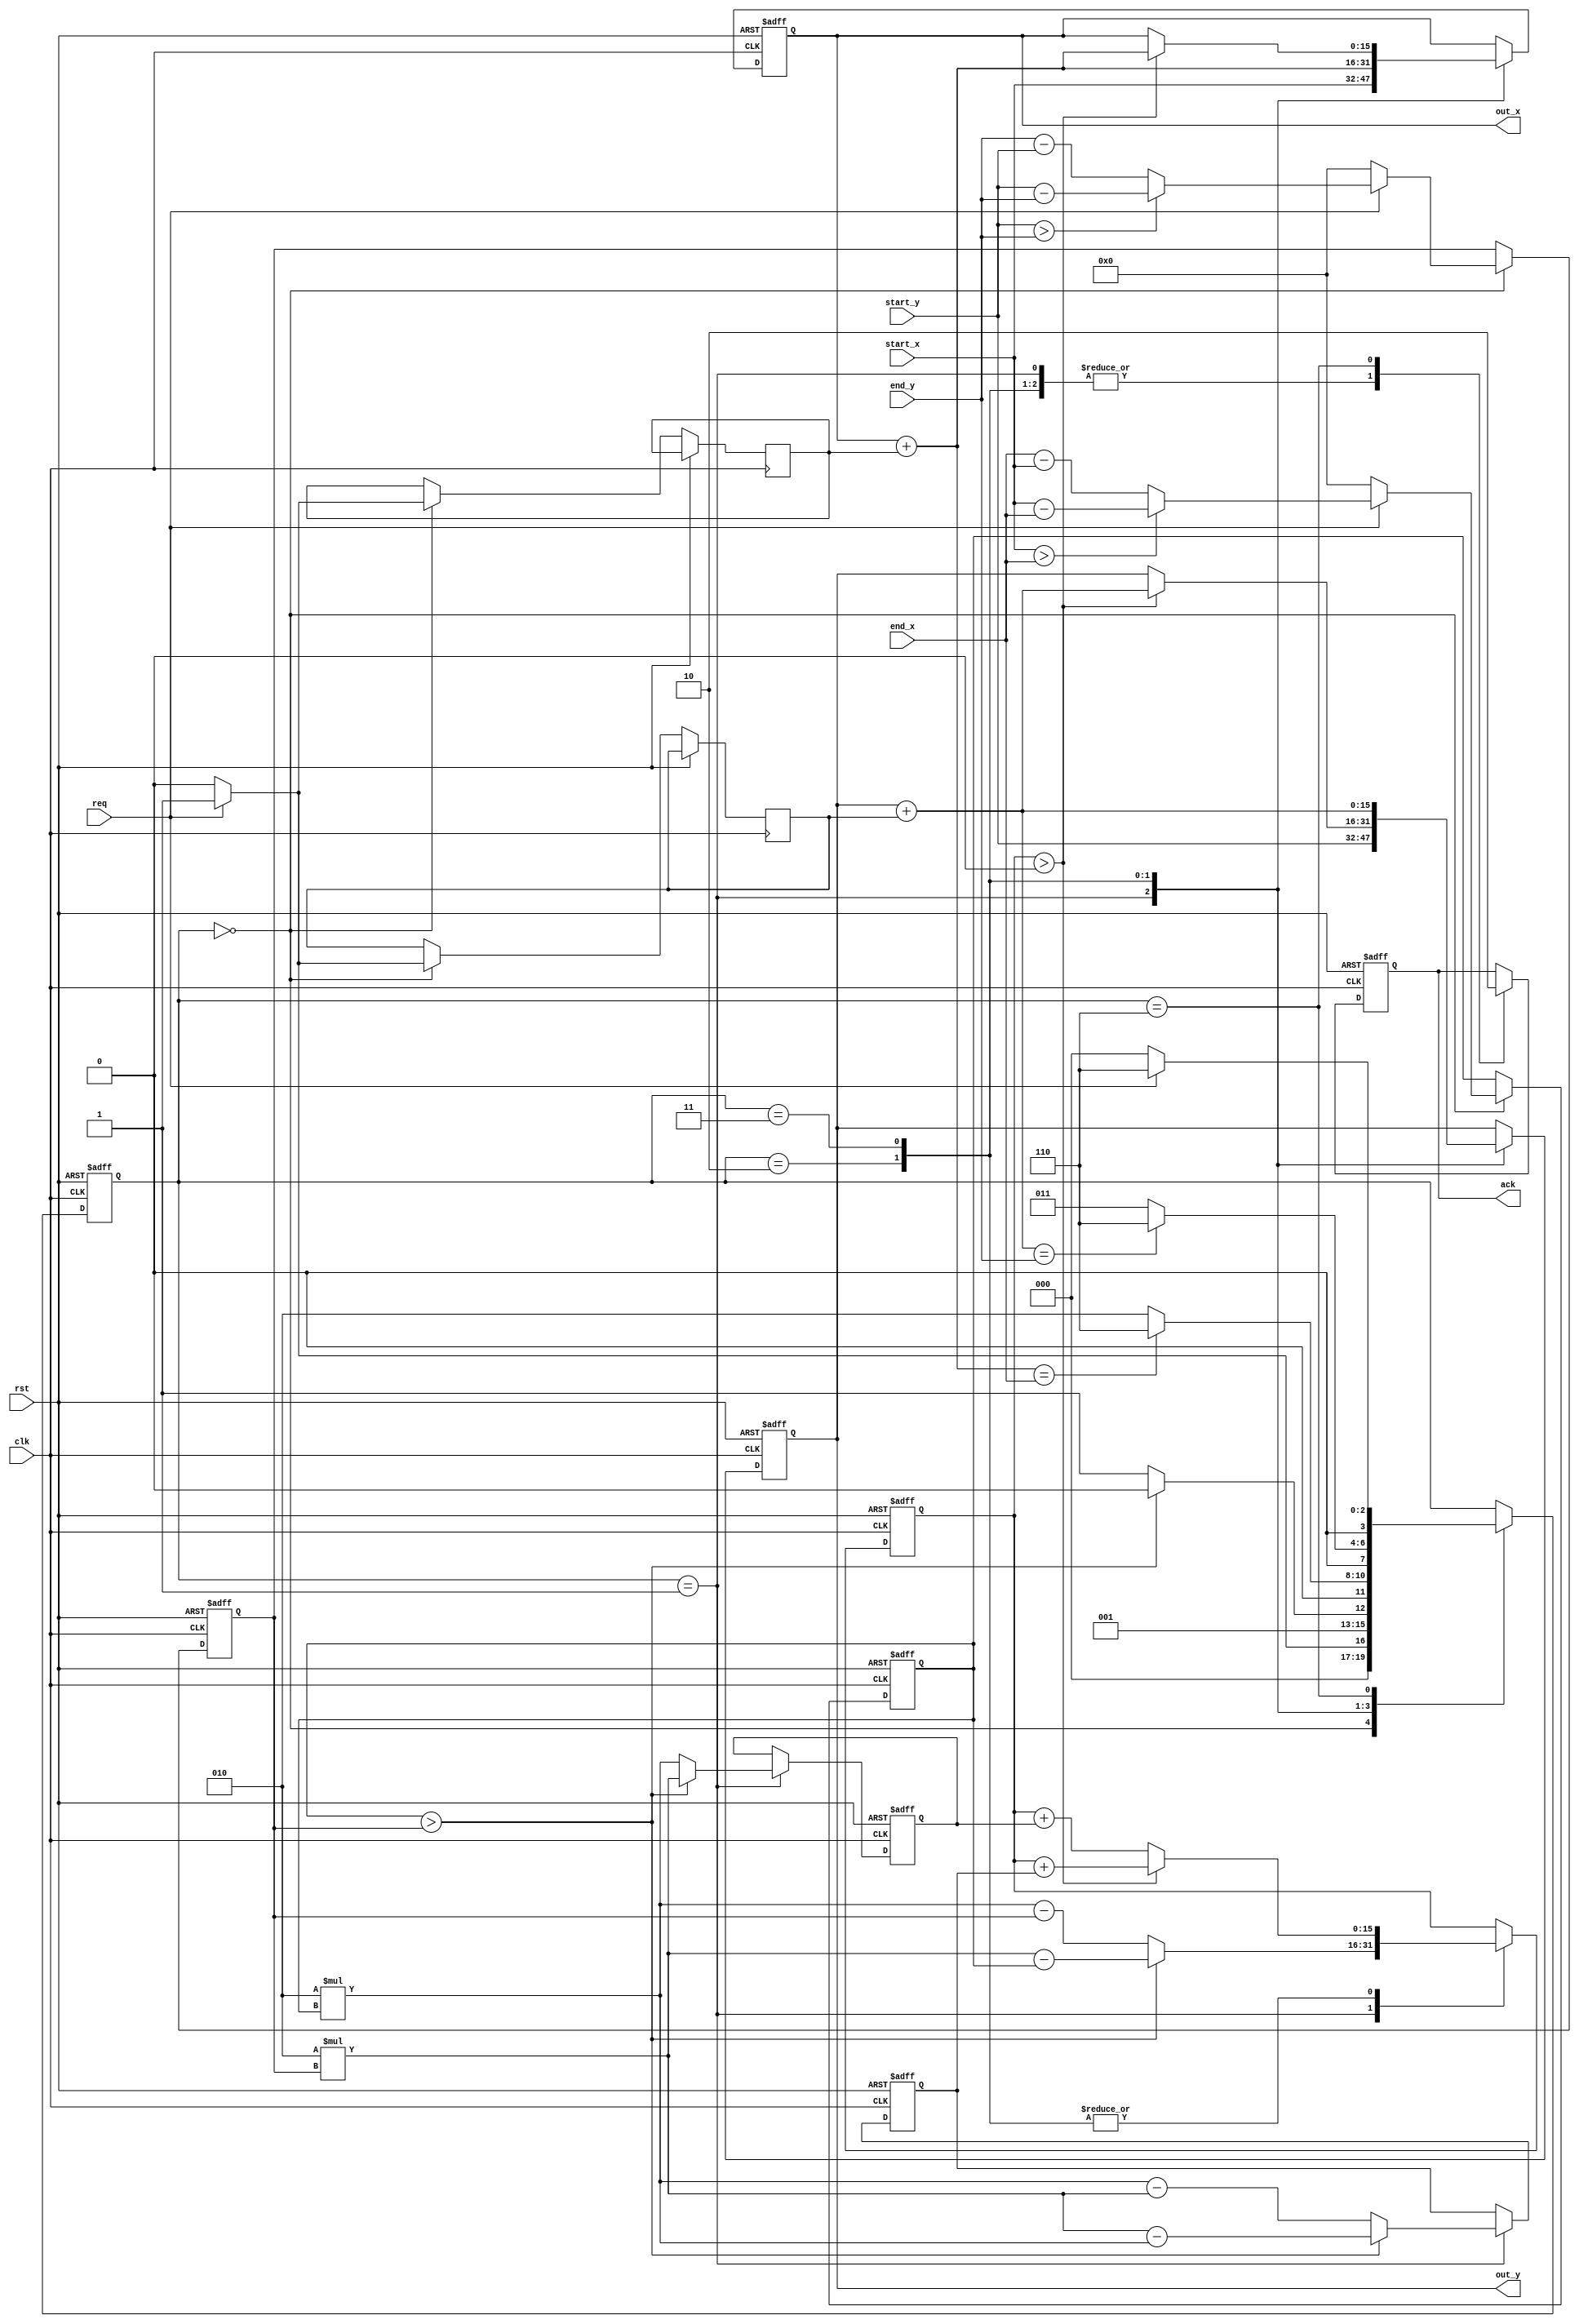
module BresenhamLine(

    input wire clk,
    input wire rst,
    input wire req,
    input wire [15:0]start_x,
    input wire [15:0]start_y,
    input wire [15:0]end_x,
    input wire [15:0]end_y,
    
    output reg [15:0]out_x,
    output reg [15:0]out_y,
    output reg ack
    
    );
    
    localparam 
        LINE_START    = 4'b000,
        DIRECTION_SET = 4'b001,
        DRAW_HI_SLOPE = 4'b011,
        DRAW_LO_SLOPE = 4'b010,
        LINE_FINISH   = 4'b110;
    
    reg [15:0]out_x_nxt;
    reg [15:0]out_y_nxt; 
    reg ack_nxt;
    reg [3:0] state;
    
    reg signed [15:0] d; 
    reg signed [15:0] delta_A; 
    reg signed [15:0] delta_B; 
    reg signed [15:0] dx; 
    reg signed [15:0] dy;

    reg signed y_inc; 
    reg signed x_inc;
    

    
    always @(posedge clk or posedge rst)
    begin
        if( rst == 1'b1) 
        begin
            out_x <= 0;
            out_y <= 0;
            ack   <= 0;
            d  <= 0;             
            state <= LINE_START;
            
            delta_A  <= 0;
            delta_B  <= 0;
            dx <= 0;
            dy <= 0;
            
        end
        else 
        begin
            
            case( state )
            
                LINE_START:
                begin
                    
                    if( req == 1) begin
                        
                        if( start_x > end_x ) begin
                            dx <= start_x - end_x;
                            x_inc <= -1;
                        end
                        else begin
                            dx <= end_x - start_x;
                            x_inc <= 1;
                        end
                        
                        if( start_y > end_y ) begin
                            dy <= start_y - end_y;
                            y_inc <= -1;
                        end
                        else begin
                            dy <= end_y - start_y;
                            y_inc <= 1;
                        end
                        
                        state <= DIRECTION_SET;
                        
                    end
                    else 
                    begin
                        dx = 0;
                        dy = 0;
                        y_inc <= 0;
                        x_inc <= 0;
                        state <= LINE_START;
                    end    
                end
                
                DIRECTION_SET:
                begin
                    
                    out_x <= start_x;
                    out_y <= start_y;
                    ack   <= 1; 
                    
                    if( dx  > dy ) begin
                        
                        d       <= 2*dy - dx;
                        delta_A <= 2*dy;
                        delta_B <= 2*dy - 2*dx;
                        state   <= DRAW_LO_SLOPE;
                    end
                    else 
                    begin
                        d       <= 2*dx - dy;
                        delta_A <= 2*dx;
                        delta_B <= 2*dx - 2*dy;
                        state  <= DRAW_HI_SLOPE;
                    end
                    
                end
                
                DRAW_LO_SLOPE:
                begin
                    ack <= 1;
                    if( d > 0 ) begin
                        d <= d + delta_B;
                        out_x <= out_x + x_inc;
                        out_y <= out_y + y_inc;
                    end
                    else begin
                        d <= d + delta_A;
                        out_x <= out_x + x_inc;                       
                    end
                    
                    if( out_x + x_inc == end_x ) state = LINE_FINISH;
                    else state = DRAW_LO_SLOPE;
                    
                end
                
                DRAW_HI_SLOPE:
                begin
                    ack <= 1;
                    if( d > 0 ) begin
                        d <= d + delta_B;
                        out_x <= out_x + x_inc;
                        out_y <= out_y + y_inc;
                    end
                    else begin
                        d <= d + delta_A;
                        out_y <= out_y + y_inc;                       
                    end       
                    
                    if( out_y + y_inc == end_y ) state = LINE_FINISH;
                    else state = DRAW_HI_SLOPE;
                end
                
                LINE_FINISH:
                begin 
                    
                    ack <= 0;
                    if( req == 0)
                        state <= LINE_START;
                    else
                        state <= LINE_FINISH;
                end
            
            endcase
            
        end
    end
    
endmodule